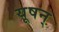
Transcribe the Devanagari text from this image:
यूषन्